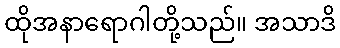
ထိုအနာရောဂါတို့သည်။ အသာဒိ